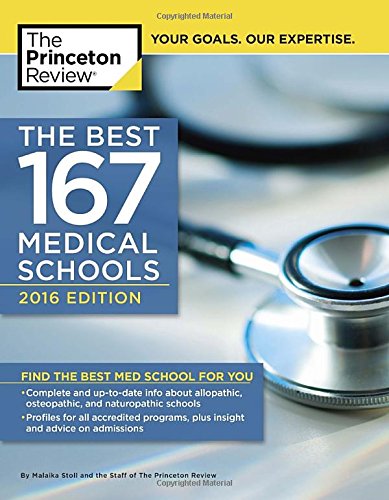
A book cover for The Best 167 Medical Schools, 2016 Edition (Graduate School Admissions Guides); Princeton Review; Education & Teaching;